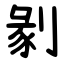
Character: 剶